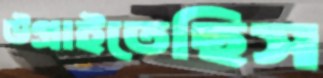
উগ্‌রাইতেছিস